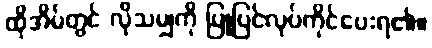
ထိုအိမ်တွင် လိုသမျှကို ပြုပြင်လုပ်ကိုင်ပေးရ၏။